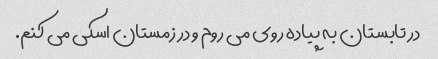
در تابستان به پیاده روی می روم و در زمستان اسکی می کنم.